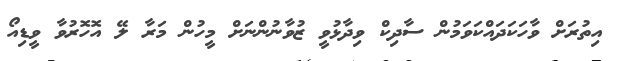
އިތުރަށް ވާހަކަދައްކަވަމުން ސާދިކް ވިދާޅުވީ ޒުވާނުންނަށް މީހުން މަރާ ލޭ އޮހޮރުވާ ވީޑިއޯ